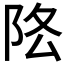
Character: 𨸻